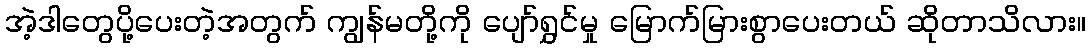
အဲ့ဒါတွေပို့ပေးတဲ့အတွက် ကျွန်မတို့ကို ပျော်ရွှင်မှု မြောက်မြားစွာပေးတယ် ဆိုတာသိလား။